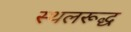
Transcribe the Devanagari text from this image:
स्थलरूद्ध